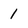
Character: 1